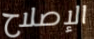
الإصلاح